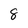
Character: 8